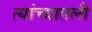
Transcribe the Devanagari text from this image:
त्यांच्यातली